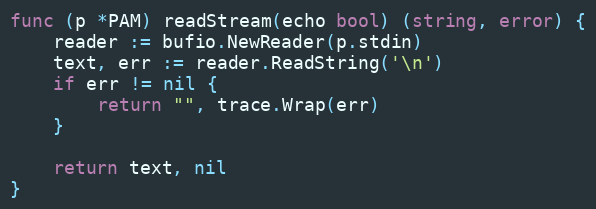
Language: Go
func (p *PAM) readStream(echo bool) (string, error) {
	reader := bufio.NewReader(p.stdin)
	text, err := reader.ReadString('\n')
	if err != nil {
		return "", trace.Wrap(err)
	}

	return text, nil
}